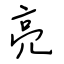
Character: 亮